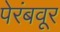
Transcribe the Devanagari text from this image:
पेरंबवूर